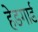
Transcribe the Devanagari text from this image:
हेडगार्ड